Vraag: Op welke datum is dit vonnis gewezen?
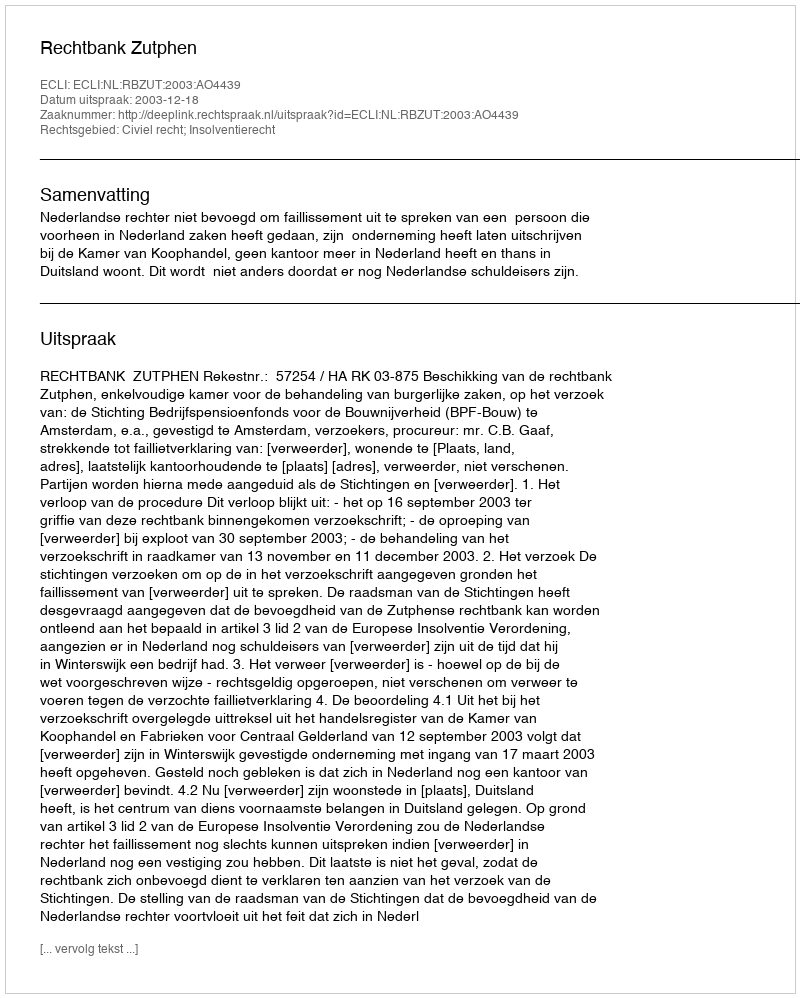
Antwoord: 2003-12-18